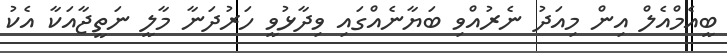
ބީއެމްއެލް އިން މިއަދު ނެރުއްވި ބަޔާނެއްގައި ވިދާޅުވީ ހަރުދަނާ މާލީ ނަތީޖާއަކާ އެކު